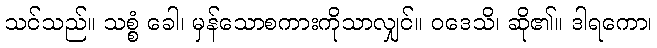
သင်သည်။ သစ္စံ ခေါ၊ မှန်သောစကားကိုသာလျှင်။ ဝဒေသိ၊ ဆို၏။ ဒါရကော၊